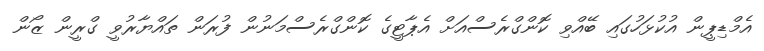
އެމްޑިޕީން އުކުޅަހުގައި ބޭއްވި ކޮންގްރެސްއަށް އެޕާޓީގެ ކޮންގްރެސްމަނުން ފުރަން ތައްޔާރުވީ ގްރީން ޒޯން